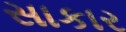
સાકાર